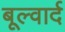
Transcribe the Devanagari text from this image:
बूल्वार्द